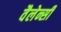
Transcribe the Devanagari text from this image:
वैलेन्सी